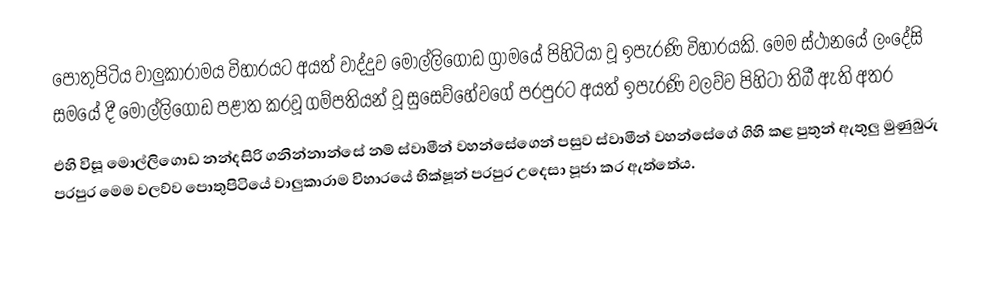
පොතුපිටිය වාලුකාරාමය විහාරයට අයත් වාද්දුව මොල්ලිගොඩ ග්‍රාමයේ පිහිටියා වූ ඉපැරණි විහාරයකි. මෙම ස්ථානයේ ලංදේසි සමයේ දී මොල්ලිගොඩ පළාත කරවූ ගම්පතියන් වූ සුසෙව්හේවගේ පරපුරට අයත් ඉපැරණි වලව්ව පිහිටා තිබී ඇති අතර
එහි විසූ මොල්ලිගොඩ නන්දසිරි ගනින්නාන්සේ නම් ස්වාමීන් වහන්සේගෙන් පසුව ස්වාමීන් වහන්සේගේ ගිහි කළ පුතුන් ඇතුලු  මුණුබුරු  පරපුර මෙම වලව්ව පොතුපිටියේ වාලුකාරාම විහාරයේ භික්ෂූන් පරපුර උදෙසා පූජා කර ඇත්තේය.